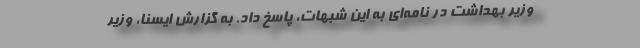
وزیر بهداشت در نامه‌ای به این شبهات، پاسخ داد. به گزارش ایسنا، وزیر